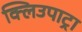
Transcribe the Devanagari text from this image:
क्लिउपाट्रा